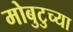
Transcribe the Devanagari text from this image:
मोबुटुच्या